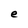
Character: e